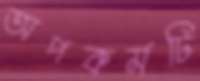
অপকর্মটি